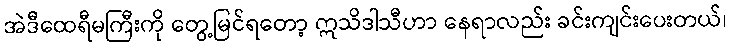
အဲဒီထေရီမကြီးကို တွေ့မြင်ရတော့ ဣသိဒါသီဟာ နေရာလည်း ခင်းကျင်းပေးတယ်၊